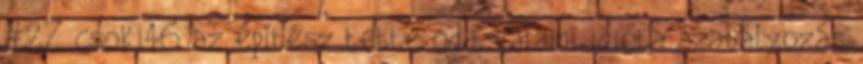
#27 csoki46 az építész tette oda, valami idióta szabályozás